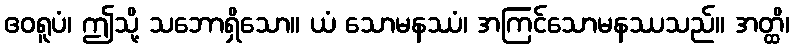
ဧဝရူပံ၊ ဤသို့ သဘောရှိသော။ ယံ သောမနဿံ၊ အကြင်သောမနဿသည်။ အတ္ထိ၊